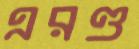
এরণ্ড